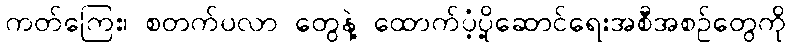
ကတ်ကြေး၊ စတက်ပလာ တွေနဲ့ ထောက်ပံ့ပို့ဆောင်ရေးအစီအစဉ်တွေကို